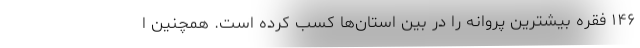
۱۴۶ فقره بیشترین پروانه را در بین استان‌ها کسب کرده است. همچنین ا